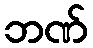
ဘဏ်